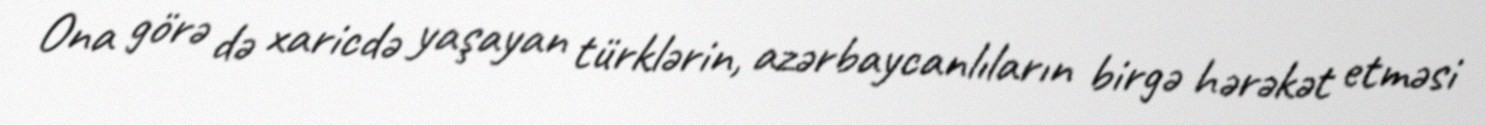
Ona görə də xaricdə yaşayan türklərin, azərbaycanlıların birgə hərəkət etməsi